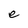
Character: e